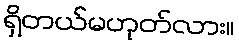
ရှိတယ်မဟုတ်လား။